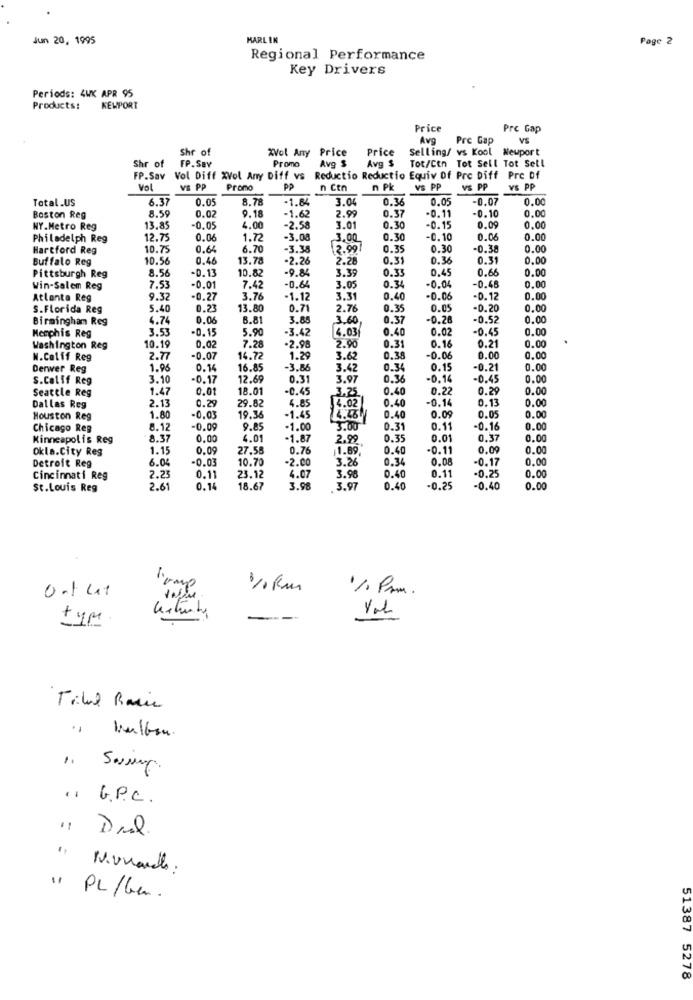
Jun 20, 1995
MARLIN
Page 2
Regional Performance
Key Drivers
Periods: 4WK APR 95
Products:
KEWPORT
Price
Pre Gap
Avg
Pre Gap
VS
Shr of
XVol Any Price
Price
Selling/ vs Kool Newport
Promo
Avg $
Avg $
Tot/Ctn Tot Sell Tot Sell
Shr of
FP.Sav
FP.Sav Vol Diff XVol Any Diff vs
Reductio Reductio Equiv Of Pre Diff Pre Df
Vol
VS PP
Promo
PP
n Con
n Pk
VS PP
vs PP
VS PP
Total.US
6.37
0.0
8.78
-1.84
3.0
0.36
0.0
-0.07
0.00
8.59
0.07
9.18
0.37
-0.1
0.00
Boston Reg
-1.62
2.99
-0.10
0.00
0.00
NY.Metro Reg
13.85
-0.05
4.00
-2.58
3.01
0.30
-0.15
Philadelph Reg
12.75
0.0
1.7
-3.08
3,00
0.30
-0.10
0.06
0.00
Hartford Reg
10.75
0.64
6.70
-3.38
12.99]
0.35
0.30
-0.38
0.00
Buffalo Reg
10.56
0.46
13.78
-2.26
2.28
0.31
0.36
0.31
0.00
8.56
-D. 13
10.82
-9.84
3.39
0.33
0.45
0.66
0.00
Pittsburgh Reg
0.34
-0.04
0.00
Win-Salem Reg
7.53
-0.01
7.42
-0.64
3.0
-0.48
Atlanta Reg
9.32
-0.27
3.76
1.1
3.31
0.40
-0.06
-0.12
0.00
S.Florida Reg
5.40
0.23
13.8
0.7
2.76
0.35
0.05
-0.20
0.00
Birmingham Reg
4.74
0.06
8.81
3.8
3.60
0.37
-0.28
-0.52
0.00
Memphis Reg
3.53
-0.15
5.90
-3.42
4.03
0.40
0.02
-0.45
0.00
10.19
2.90
0.31
0.21
0.00
Washington Reg
0,02
7.2
+2.98
0.16
N.Calif Reg
2.77
-0.07
14.72
1.29
3.62
0.38
-0.06
0.00
0.00
Derwer Reg
1.96
0.14
16.85
-3.86
3.42
0.34
0.15
-0.21
0.00
S.Calif Reg
3.10
-0.17
12.6
0.31
3.97
0.36
-0.14
-0.45
0.00
Seattle Reg
1.47
0,01
18.01
0.45
0.40
0.22
0.29
0.00
2.13
0.29
4.8
3.35
0.40
-0.14
0.00
Dallas Reg
29.82
-1.45
4.02
0.05
0.13
0.00
Houston Reg
1.80
-0.03
19.36
0.40
0.05
Chicago Reg
3.12
-0.09
9.85
-1.00
3.00
0.31
0.11
-0.16
0.00
Minneapolis Reg
8.37
0.00
4.01
-1.87
2.99
0.35
0.01
0.37
0.00
Okla.City Reg
1.15
0.09
27.58
0.76
1.89
0.40
-0.11
0.09
0.00
6.04
-0.03
10.70
-2.00
3.26
0.34
0.08
-0.17
0.00
Detroit Reg
Cincinnati Reg
2.23
0.11
23.12
4.07
3.98
0.4
0.11
-0.25
0.00
St.Louis Reg
2.61
0.14
18.67
3.98
.3.97
0.40
-0.25
-0.40
0.00
l'ump
1/1 Pm .
type.
--
G.P.C.
Deal.
" PL /ben.
51387 5278